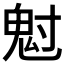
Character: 𩲅